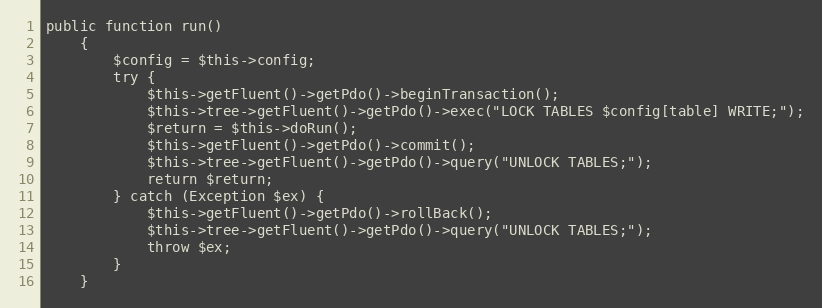
Language: PHP
public function run()
    {
        $config = $this->config;
        try {
            $this->getFluent()->getPdo()->beginTransaction();
            $this->tree->getFluent()->getPdo()->exec("LOCK TABLES $config[table] WRITE;");
            $return = $this->doRun();
            $this->getFluent()->getPdo()->commit();
            $this->tree->getFluent()->getPdo()->query("UNLOCK TABLES;");
            return $return;
        } catch (Exception $ex) {
            $this->getFluent()->getPdo()->rollBack();
            $this->tree->getFluent()->getPdo()->query("UNLOCK TABLES;");
            throw $ex;
        }
    }